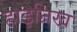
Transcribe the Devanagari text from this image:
हाइन्रिख